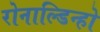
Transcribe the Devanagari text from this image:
रोनाल्डिन्हो